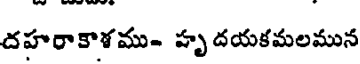
దహరాకాళము- హృ దయకమలమున